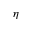
\eta